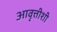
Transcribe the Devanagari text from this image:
आवृत्तीशी